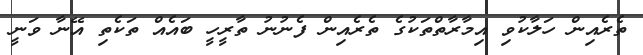
ތެރެއިން ހަލާކުވި އިމާރާތްތަކުގެ ތެރެއިން ފެނުނު ތާރީހީ ބައެއް ތަކެތި އޭނާ ވަނީ